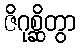
ဇိဂုစ္ဆိတွာ